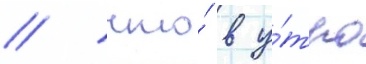
/ что́ в у́тро